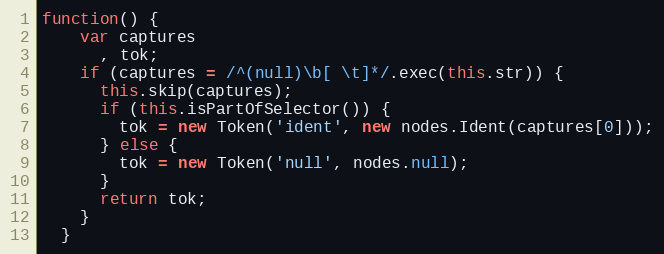
Language: JavaScript
function() {
    var captures
      , tok;
    if (captures = /^(null)\b[ \t]*/.exec(this.str)) {
      this.skip(captures);
      if (this.isPartOfSelector()) {
        tok = new Token('ident', new nodes.Ident(captures[0]));
      } else {
        tok = new Token('null', nodes.null);
      }
      return tok;
    }
  }